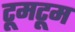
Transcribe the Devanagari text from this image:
टूमटूम